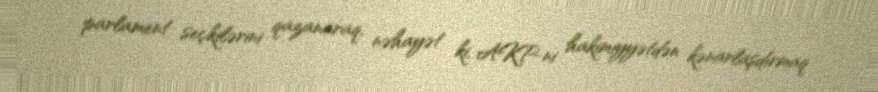
parlament seçkilərini qazanaraq, nəhayət ki, AKP-ni hakimiyyətdən kənarlaşdırmaq